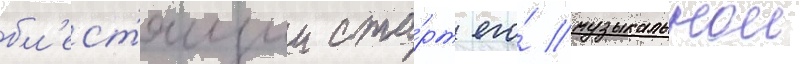
бл'ест'ящии ста́рт его́ музыкальнои